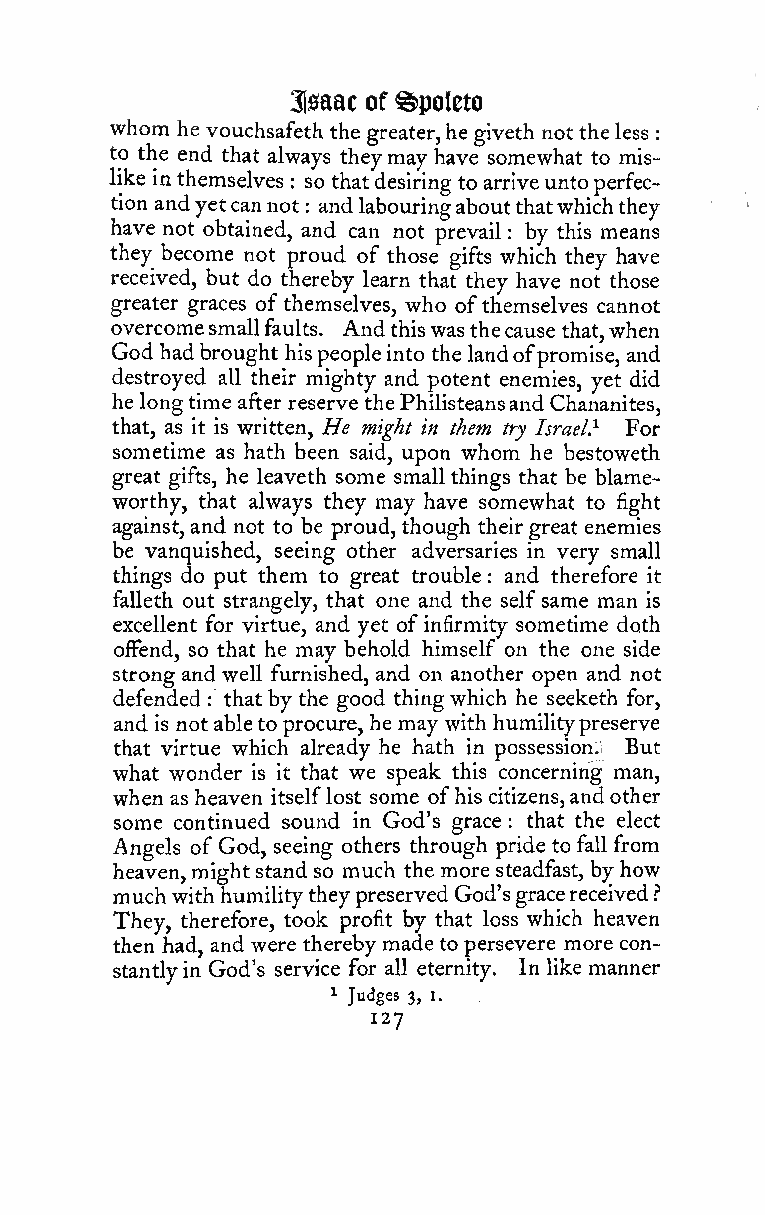
3lsaac of ^poleto
 whom he vouchsafeth the greater,he giveth not theless
 :
 to the end that always theymay have somewhat to mis-
 like in themselves so thatdesiring to arriveuntoperfec-
 :
 tion andyetcannot andlabouringaboutthatwhichthey
 :
 have not obtained, and can not prevail by this means
 :
 they become not proud of those gifts which they have
 received, but do thereby learn that they have not those
 greater graces of themselves, who ofthemselves cannot
 overcomesmallfaults. And thiswasthecause that,when
 God hadbrought hispeopleinto the landofpromise, and
 destroyed all their mighty and potent enemies, yet did
 he longtime after reserve thePhilisteansandChananites,
 that, as it is written. He might in them try Israel} For
 sometime as hath been said, upon whom he bestoweth
 great gifts, he leaveth some small things that be blame-
 worthy, that always they may have somewhat to fight
 against, and not to be proud, though their great enemies
 be vanquished, seeing other adversaries in very small
 things do put them to great trouble : and therefore it
 falleth out strangely, that one and the selfsame man is
 excellent for virtue, and yet ofinfirmity sometime doth
 oiFend, so that he may behold himself on the one side
 strong and well furnished, and on another open and not
 defended that by the good thingwhich he seeketh for,
 :
 and is not ableto procure, he may with humilitypreserve
 that virtue which already he hath in possession.! But
 what wonder is it that we speak this concerning man,
 when as heaven itselflost some ofhis citizens,andother
 some continued sound in God's grace that the elect
 :
 Angels of God, seeing others through pride to fall from
 heaven,might standso much the more steadfast, by how
 muchwith humilitytheypreservedGod'sgracereceived?
 They, therefore, took profit by that loss which heaven
 then had, and were thereby madeto persevere more con-
 stantlyin God's service for all eternity. In like manner
 1 Judges 3, I.
 127